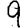
Digit: 9